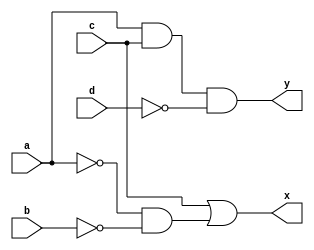
module clb_cb(
	input a,
	input b,
	input c,
	input d,
	output x,
	output y
);
	
	wire f, g;
	
	assign f = c | ~a & ~b;
	assign g = a & c & ~d;
	assign x = f;
	assign y = g;
	
endmodule